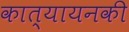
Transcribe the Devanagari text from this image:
कात्यायनकी